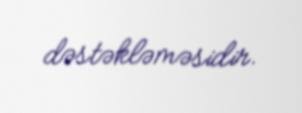
dəstəkləməsidir.